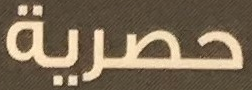
حصرية